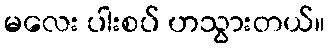
မလေး ပါးစပ် ဟသွားတယ်။